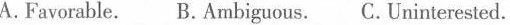
A.Favorable. B.Ambiguous. C.Uninterested.